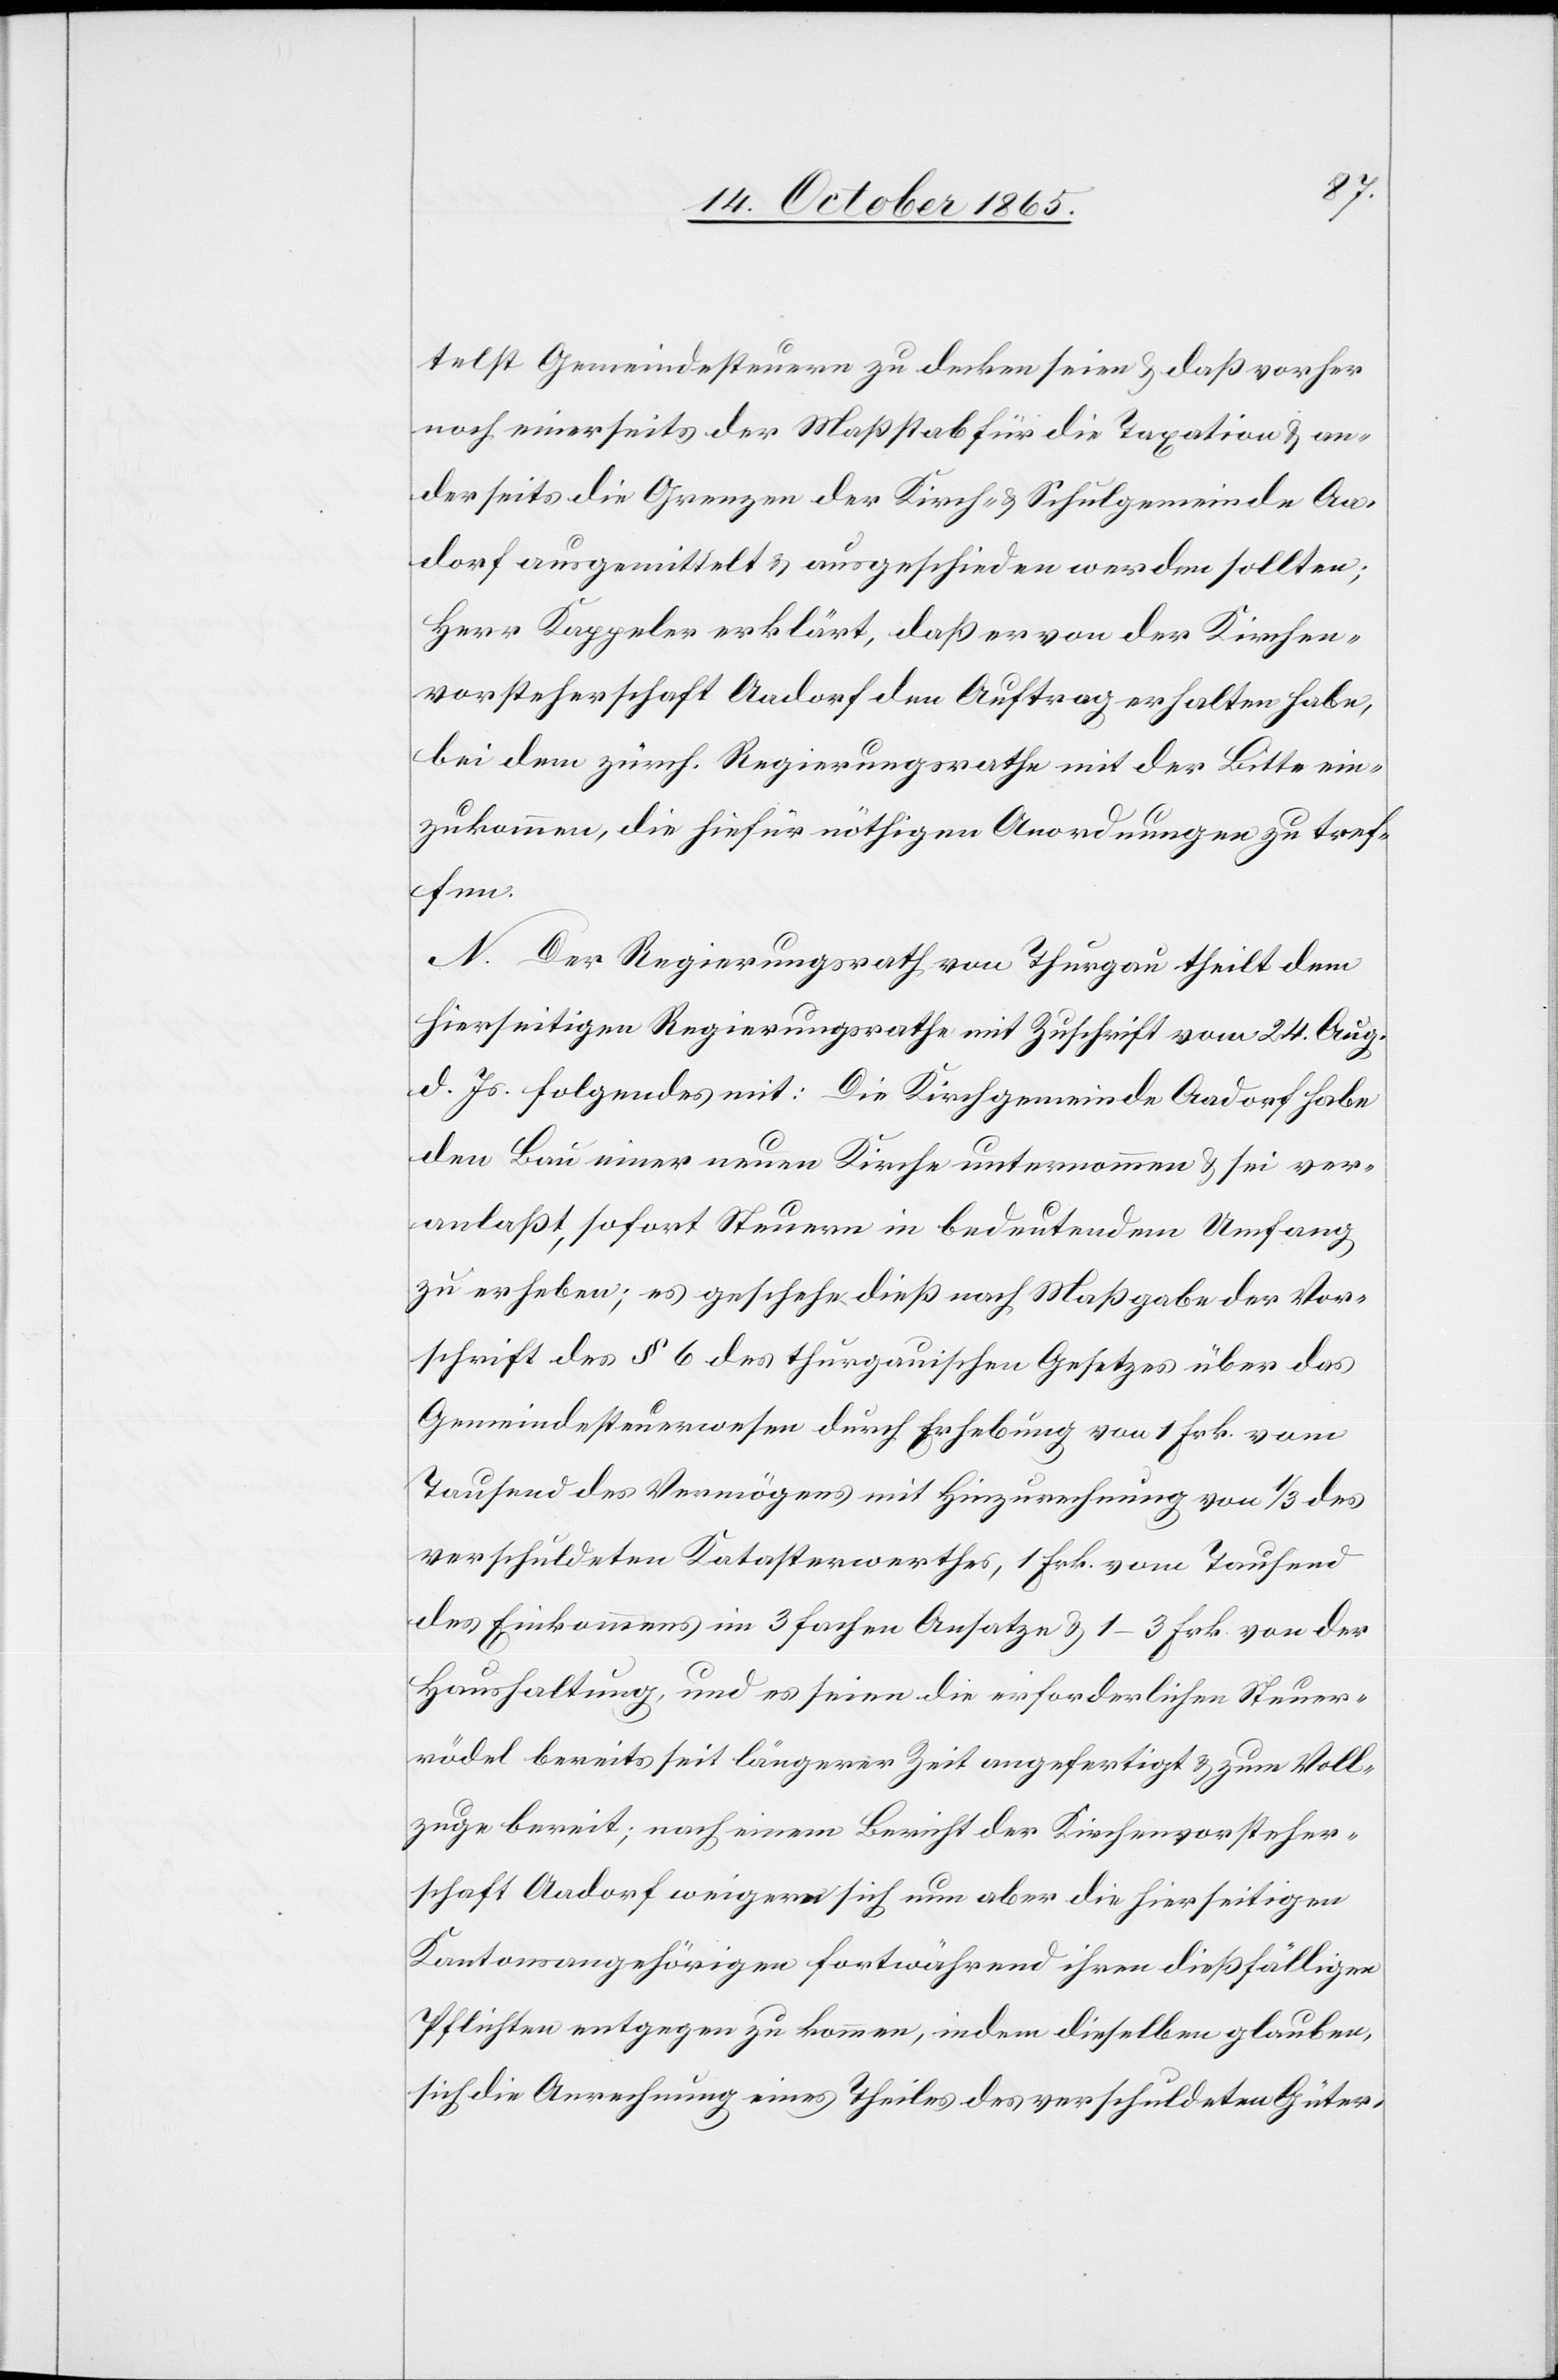
telst Gemeindesteuern zu decken seien & daß vorher
noch einerseits der Maßstab für die Taxation & an¬
derseits die Grenzen der Kirch- & Schulgemeinde Aa¬
dorf ausgemittelt & ausgeschieden werden sollten;
Herr Kappeler erklärt, daß er von der Kirchen¬
vorsteherschaft Aadorf den Auftrag erhalten habe,
bei dem zürch. Regierungsrathe mit der Bitte ein¬
zukommen, die hiefür nöthigen Anordnungen zu tref¬
fen.
N. Der Regierungsrath von Thurgau theilt dem
hierseitigen Regierungsrathe mit Zuschrift vom 24. Aug.
d. Js. folgendes mit: Die Kirchgemeinde Aadorf habe
den Bau einer neuen Kirche unternommen & sei ver¬
anlaßt, sofort Steuern in bedeutendem Umfang
zu erheben; es geschehe dieß nach Maßgabe der Vor¬
schrift des § 6 des thurgauischen Gesetzes über das
Gemeindesteuerwesen durch Erhebung von 1 Frk. vom
Tausend des Vermögens mit Hinzurechnung von 1/3 des
verschuldeten Katasterwerthes, 1 Frk. vom Tausend
des Einkommens im 3 fachen Ansatze & 1–3 Frk. von der
Haushaltung, und es seien die erforderlichen Steuer¬
rödel bereits seit längerer Zeit angefertigt & zum Voll¬
zuge bereit; nach einem Bericht der Kirchenvorsteher¬
schaft Aadorf weigern sich nun aber die hierseitigen
Kantonsangehörigen fortwährend ihren dießfälligen
Pflichten entgegen zu kommen, indem dieselben glauben,
sich die Anrechnung eines Theiles des verschuldeten Güter-